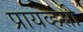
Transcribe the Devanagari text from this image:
प्रायव्हसी